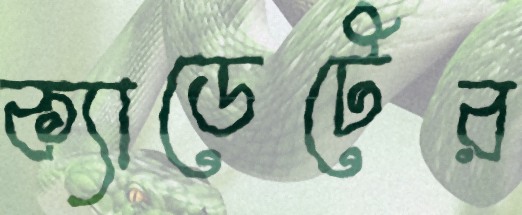
ক্যাডেটের